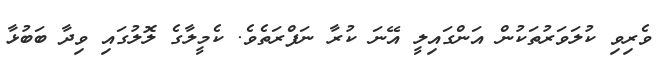
ވެރިވި ކުލަވަރުތަކުން އަންގައިލީ އޭނަ ކުރާ ނަފްރަތެވެ. ކެމީލާގެ ލޮލުގައި ވިދާ ބަބުޅާ